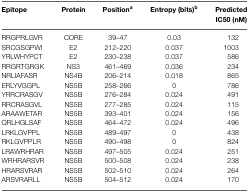
<table><thead><tr><td><b>Epitope</b></td><td><b>Protein</b></td><td><b>Position<sup>a</sup></b></td><td><b>Entropy (bits)<sup>b</sup></b></td><td><b>Predicted IC50 (nM)</b></td></tr></thead><tbody><tr><td>RRGPRLGVR</td><td>CORE</td><td>39–47</td><td>0.03</td><td>132</td></tr><tr><td>SRCGSGPWI</td><td>E2</td><td>212–220</td><td>0.037</td><td>1003</td></tr><tr><td>YRLWHYPCT</td><td>E2</td><td>230–238</td><td>0.037</td><td>586</td></tr><tr><td>RRGRTGRGK</td><td>NS3</td><td>461–469</td><td>0.036</td><td>234</td></tr><tr><td>NRLIAFASR</td><td>NS4B</td><td>206–214</td><td>0.018</td><td>865</td></tr><tr><td>ERLYVGGPL</td><td>NS5B</td><td>258–266</td><td>0</td><td>786</td></tr><tr><td>YRRCRASGV</td><td>NS5B</td><td>276–284</td><td>0.024</td><td>491</td></tr><tr><td>RRCRASGVL</td><td>NS5B</td><td>277–285</td><td>0.024</td><td>115</td></tr><tr><td>ARAAWETAR</td><td>NS5B</td><td>393–401</td><td>0.024</td><td>156</td></tr><tr><td>QRLHGLSAF</td><td>NS5B</td><td>464–472</td><td>0.024</td><td>496</td></tr><tr><td>LRKLGVPPL</td><td>NS5B</td><td>489–497</td><td>0</td><td>438</td></tr><tr><td>RKLGVPPLR</td><td>NS5B</td><td>490–498</td><td>0</td><td>824</td></tr><tr><td>LRAWRHRAR</td><td>NS5B</td><td>497–505</td><td>0.024</td><td>251</td></tr><tr><td>WRHRARSVR</td><td>NS5B</td><td>500–508</td><td>0.024</td><td>238</td></tr><tr><td>HRARSVRAR</td><td>NS5B</td><td>502–510</td><td>0.024</td><td>264</td></tr><tr><td>ARSVRARLL</td><td>NS5B</td><td>504–512</td><td>0.024</td><td>170</td></tr></tbody></table>